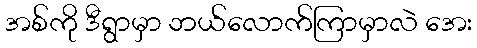
အစ်ကို ဒီရွာမှာ ဘယ်လောက်ကြာမှာလဲ အေး